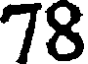
78